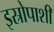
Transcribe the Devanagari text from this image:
इस्रोपाशी